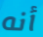
أنه